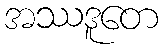
အဿဒူတေ